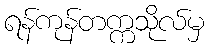
ရန်ကုန်တက္ကသိုလ်မှ